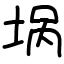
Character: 埚